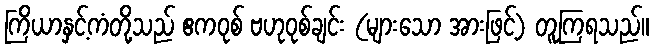
ကြိယာနှင့်ကံတို့သည် ဧကဝုစ် ဗဟုဝုစ်ချင်း (များသော အားဖြင့်) တူကြရသည်။